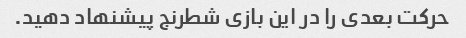
حرکت بعدی را در این بازی شطرنج پیشنهاد دهید.